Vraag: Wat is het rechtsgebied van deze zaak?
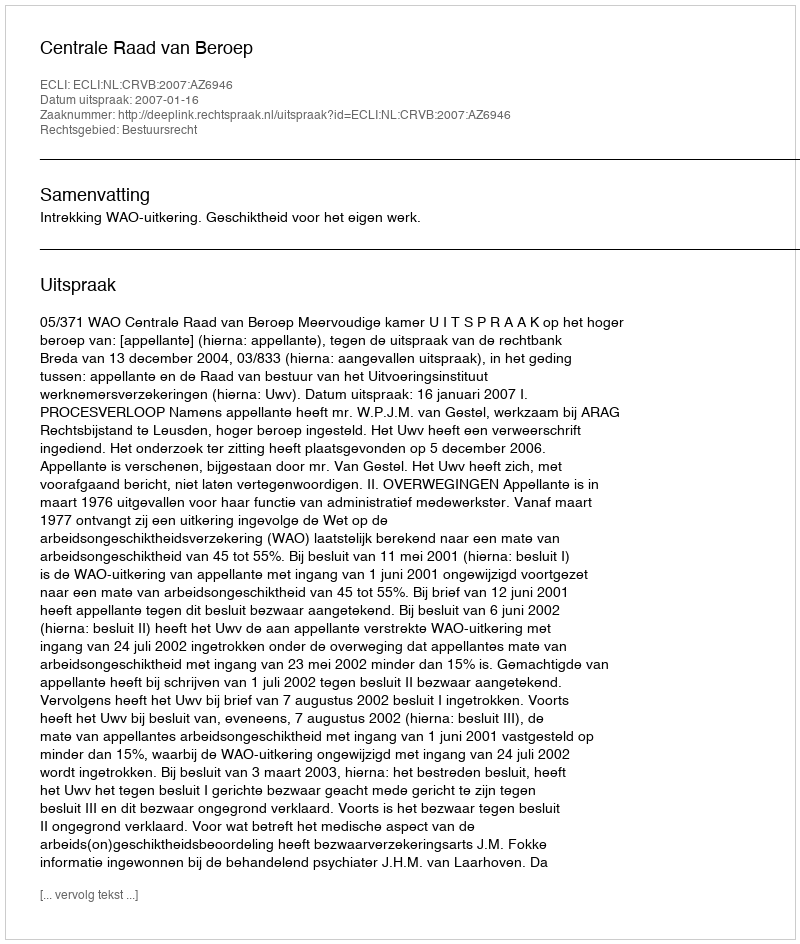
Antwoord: Bestuursrecht